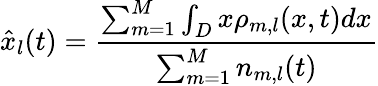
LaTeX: \hat{x}_{l}(t)=\frac{\sum_{m=1}^{M}\int_{D}x\rho_{m,l}(x,t)dx}{\sum_{m=1}^{M}n_{m,l}(t)}